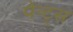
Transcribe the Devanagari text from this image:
पेन्ट्‌स